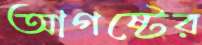
আগষ্টের